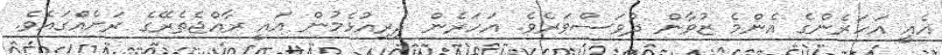
އެއީ އަހަރެންގެ އެންމެ ޒުވާން ދުވަސްވަރެވެ. އަހަރެން ދިރިއުޅެމުން އައީ ރާއްޖެތެރޭގެ ރަށެއްގައެވެ.